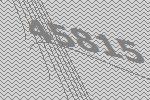
45815